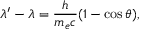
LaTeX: \lambda ^ { \prime } - \lambda = { \frac { h } { m _ { e } c } } ( 1 - \cos { \theta } ) ,